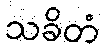
သခိတံ